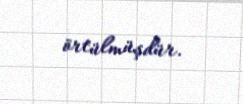
örtülmüşdür.